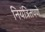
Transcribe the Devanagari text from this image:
नियंत्रितपणे